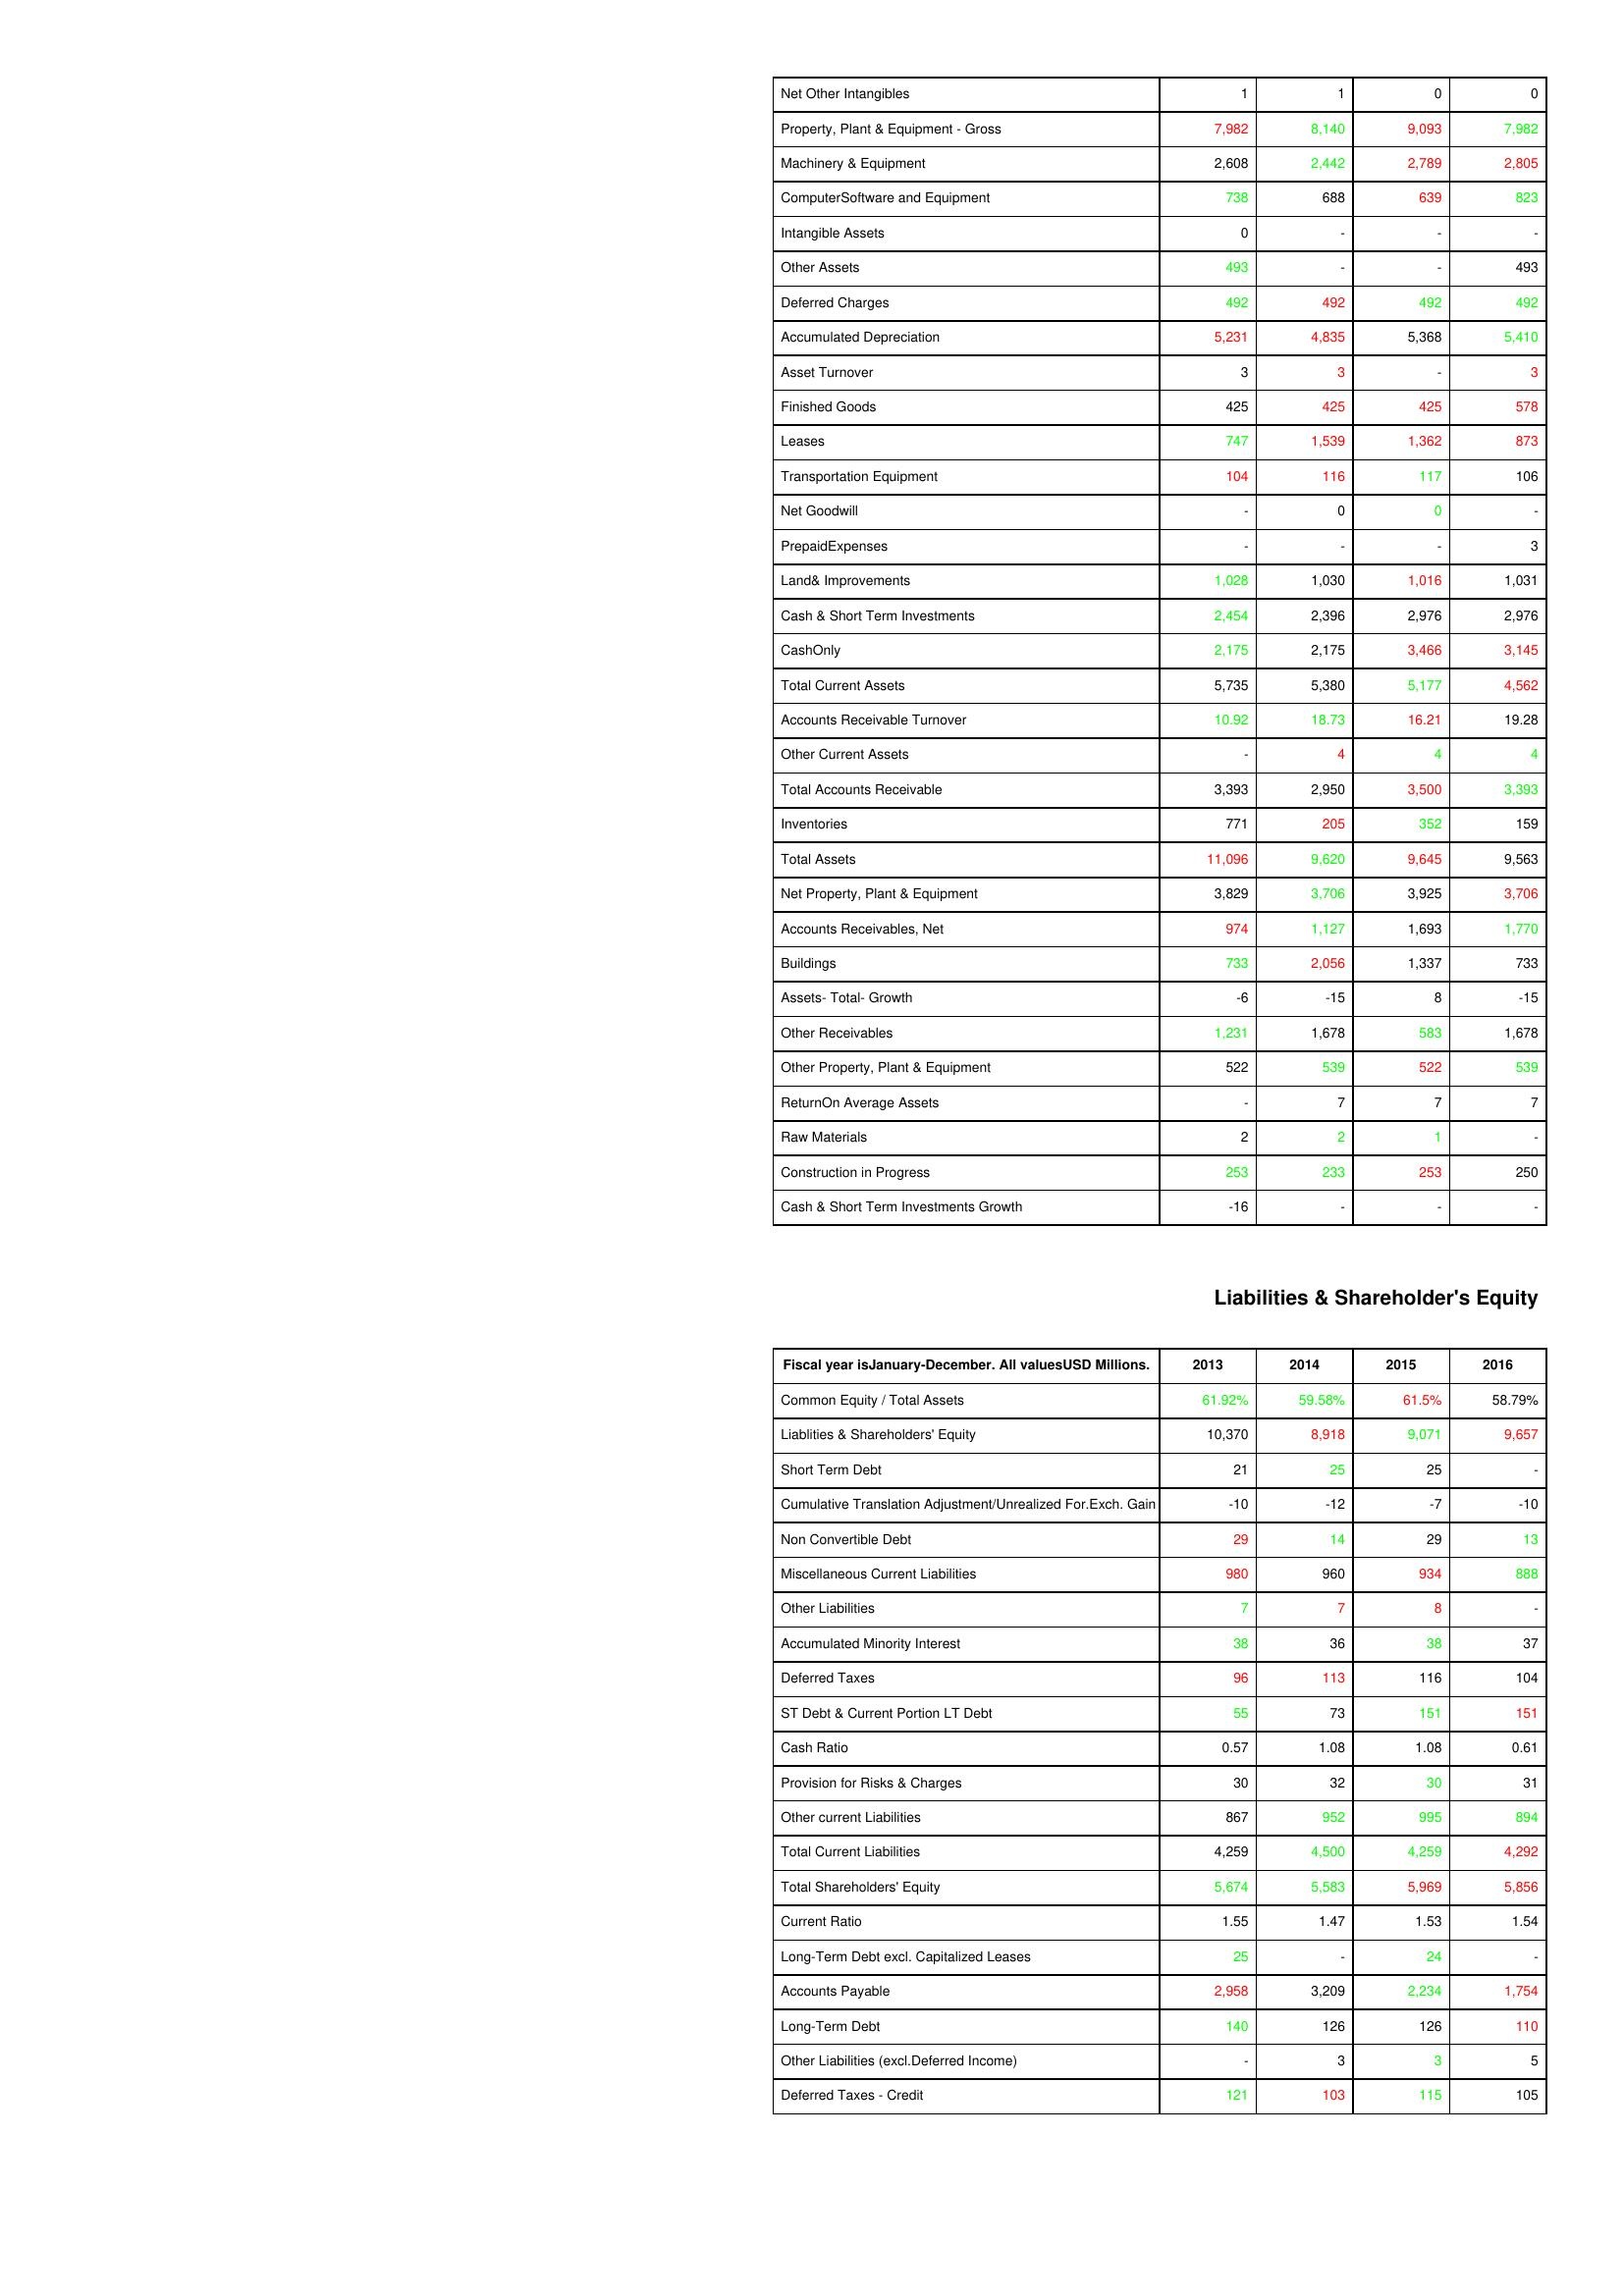
gt_parse: 2013: Assets: Net Other Intangibles: 1
Property, Plant & Equipment - Gross : 7,982
Machinery & Equipment: 2,608
ComputerSoftware and Equipment: 738
Intangible Assets: 0
Other Assets: 493
Deferred Charges: 492
Accumulated Depreciation: 5,231
Asset Turnover: 3
Finished Goods: 425
Leases: 747
Transportation Equipment: 104
Net Goodwill: -
PrepaidExpenses: -
Land& Improvements: 1,028
Cash & Short Term Investments: 2,454
CashOnly: 2,175
Total Current Assets: 5,735
Accounts Receivable Turnover: 10.92
Other Current Assets: -
Total Accounts Receivable: 3,393
Inventories: 771
Total Assets: 11,096
Net Property, Plant & Equipment: 3,829
Accounts Receivables, Net: 974
Buildings: 733
Assets- Total- Growth: -6
Other Receivables: 1,231
Other Property, Plant & Equipment: 522
ReturnOn Average Assets: -
Raw Materials: 2
Construction in Progress: 253
Cash & Short Term Investments Growth: -16
Liabilities & Shareholder's Equity: Common Equity / Total Assets: 61.92%
Liablities & Shareholders' Equity: 10,370
Short Term Debt: 21
Cumulative Translation Adjustment/Unrealized For.Exch. Gain: -10
Non Convertible Debt: 29
Miscellaneous Current Liabilities: 980
Other Liabilities: 7
Accumulated Minority Interest: 38
Deferred Taxes: 96
ST Debt & Current Portion LT Debt: 55
Cash Ratio: 0.57
Provision for Risks & Charges: 30
Other current Liabilities: 867
Total Current Liabilities: 4,259
Total Shareholders' Equity: 5,674
Current Ratio: 1.55
Long-Term Debt excl. Capitalized Leases: 25
Accounts Payable: 2,958
Long-Term Debt: 140
Other Liabilities (excl.Deferred Income): -
Deferred Taxes - Credit: 121
2014: Assets: Net Other Intangibles: 1
Property, Plant & Equipment - Gross : 8,140
Machinery & Equipment: 2,442
ComputerSoftware and Equipment: 688
Intangible Assets: -
Other Assets: -
Deferred Charges: 492
Accumulated Depreciation: 4,835
Asset Turnover: 3
Finished Goods: 425
Leases: 1,539
Transportation Equipment: 116
Net Goodwill: 0
PrepaidExpenses: -
Land& Improvements: 1,030
Cash & Short Term Investments: 2,396
CashOnly: 2,175
Total Current Assets: 5,380
Accounts Receivable Turnover: 18.73
Other Current Assets: 4
Total Accounts Receivable: 2,950
Inventories: 205
Total Assets: 9,620
Net Property, Plant & Equipment: 3,706
Accounts Receivables, Net: 1,127
Buildings: 2,056
Assets- Total- Growth: -15
Other Receivables: 1,678
Other Property, Plant & Equipment: 539
ReturnOn Average Assets: 7
Raw Materials: 2
Construction in Progress: 233
Cash & Short Term Investments Growth: -
Liabilities & Shareholder's Equity: Common Equity / Total Assets: 59.58%
Liablities & Shareholders' Equity: 8,918
Short Term Debt: 25
Cumulative Translation Adjustment/Unrealized For.Exch. Gain: -12
Non Convertible Debt: 14
Miscellaneous Current Liabilities: 960
Other Liabilities: 7
Accumulated Minority Interest: 36
Deferred Taxes: 113
ST Debt & Current Portion LT Debt: 73
Cash Ratio: 1.08
Provision for Risks & Charges: 32
Other current Liabilities: 952
Total Current Liabilities: 4,500
Total Shareholders' Equity: 5,583
Current Ratio: 1.47
Long-Term Debt excl. Capitalized Leases: -
Accounts Payable: 3,209
Long-Term Debt: 126
Other Liabilities (excl.Deferred Income): 3
Deferred Taxes - Credit: 103
2015: Assets: Net Other Intangibles: 0
Property, Plant & Equipment - Gross : 9,093
Machinery & Equipment: 2,789
ComputerSoftware and Equipment: 639
Intangible Assets: -
Other Assets: -
Deferred Charges: 492
Accumulated Depreciation: 5,368
Asset Turnover: -
Finished Goods: 425
Leases: 1,362
Transportation Equipment: 117
Net Goodwill: 0
PrepaidExpenses: -
Land& Improvements: 1,016
Cash & Short Term Investments: 2,976
CashOnly: 3,466
Total Current Assets: 5,177
Accounts Receivable Turnover: 16.21
Other Current Assets: 4
Total Accounts Receivable: 3,500
Inventories: 352
Total Assets: 9,645
Net Property, Plant & Equipment: 3,925
Accounts Receivables, Net: 1,693
Buildings: 1,337
Assets- Total- Growth: 8
Other Receivables: 583
Other Property, Plant & Equipment: 522
ReturnOn Average Assets: 7
Raw Materials: 1
Construction in Progress: 253
Cash & Short Term Investments Growth: -
Liabilities & Shareholder's Equity: Common Equity / Total Assets: 61.5%
Liablities & Shareholders' Equity: 9,071
Short Term Debt: 25
Cumulative Translation Adjustment/Unrealized For.Exch. Gain: -7
Non Convertible Debt: 29
Miscellaneous Current Liabilities: 934
Other Liabilities: 8
Accumulated Minority Interest: 38
Deferred Taxes: 116
ST Debt & Current Portion LT Debt: 151
Cash Ratio: 1.08
Provision for Risks & Charges: 30
Other current Liabilities: 995
Total Current Liabilities: 4,259
Total Shareholders' Equity: 5,969
Current Ratio: 1.53
Long-Term Debt excl. Capitalized Leases: 24
Accounts Payable: 2,234
Long-Term Debt: 126
Other Liabilities (excl.Deferred Income): 3
Deferred Taxes - Credit: 115
2016: Assets: Net Other Intangibles: 0
Property, Plant & Equipment - Gross : 7,982
Machinery & Equipment: 2,805
ComputerSoftware and Equipment: 823
Intangible Assets: -
Other Assets: 493
Deferred Charges: 492
Accumulated Depreciation: 5,410
Asset Turnover: 3
Finished Goods: 578
Leases: 873
Transportation Equipment: 106
Net Goodwill: -
PrepaidExpenses: 3
Land& Improvements: 1,031
Cash & Short Term Investments: 2,976
CashOnly: 3,145
Total Current Assets: 4,562
Accounts Receivable Turnover: 19.28
Other Current Assets: 4
Total Accounts Receivable: 3,393
Inventories: 159
Total Assets: 9,563
Net Property, Plant & Equipment: 3,706
Accounts Receivables, Net: 1,770
Buildings: 733
Assets- Total- Growth: -15
Other Receivables: 1,678
Other Property, Plant & Equipment: 539
ReturnOn Average Assets: 7
Raw Materials: -
Construction in Progress: 250
Cash & Short Term Investments Growth: -
Liabilities & Shareholder's Equity: Common Equity / Total Assets: 58.79%
Liablities & Shareholders' Equity: 9,657
Short Term Debt: -
Cumulative Translation Adjustment/Unrealized For.Exch. Gain: -10
Non Convertible Debt: 13
Miscellaneous Current Liabilities: 888
Other Liabilities: -
Accumulated Minority Interest: 37
Deferred Taxes: 104
ST Debt & Current Portion LT Debt: 151
Cash Ratio: 0.61
Provision for Risks & Charges: 31
Other current Liabilities: 894
Total Current Liabilities: 4,292
Total Shareholders' Equity: 5,856
Current Ratio: 1.54
Long-Term Debt excl. Capitalized Leases: -
Accounts Payable: 1,754
Long-Term Debt: 110
Other Liabilities (excl.Deferred Income): 5
Deferred Taxes - Credit: 105